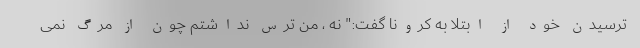
ترسیدن خود از ابتلا به کرونا گفت:" نه ، من ترس نداشتم چون از مرگ نمی